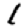
Digit: 1